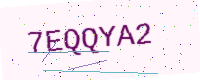
Text: 7EQQYA2